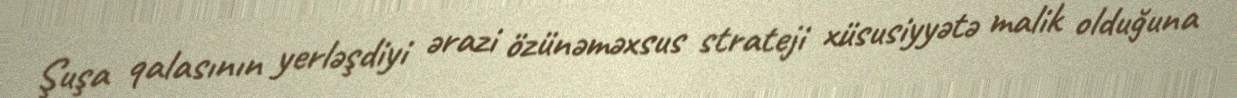
Şuşa qalasının yerləşdiyi ərazi özünəməxsus strateji xüsusiyyətə malik olduğuna